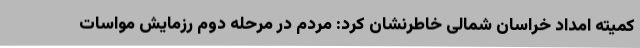
کمیته امداد خراسان شمالی خاطرنشان کرد: مردم در مرحله دوم رزمایش مواسات